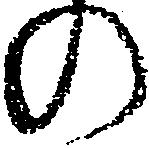
の